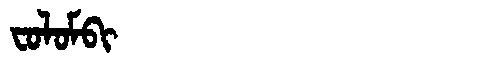
Manchu: ᠸᠣᠯᠣᠮᠪᡳ
Romanization: FOLOMBI